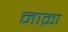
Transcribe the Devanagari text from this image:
नाक़ा